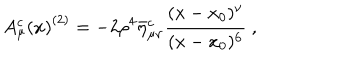
{ A _ { \mu } ^ { c } ( x ) } ^ { ( 2 ) } = - 2 \rho ^ { 4 } \bar { \eta } _ { \mu \nu } ^ { c } { \frac { ( x - x _ { 0 } ) ^ { \nu } } { ( x - x _ { 0 } ) ^ { 6 } } } ~ ,